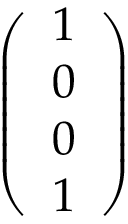
\left( \begin{array} { l } { 1 } \\ { 0 } \\ { 0 } \\ { 1 } \end{array} \right)